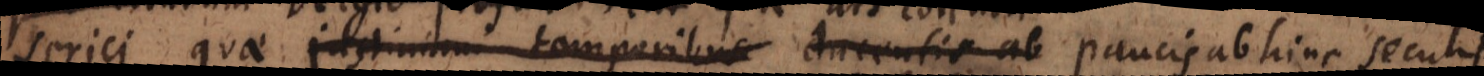
serici, quae Justiniani temporibus ducentis ab hinc annis